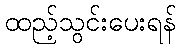
ထည့်သွင်းပေးရန်